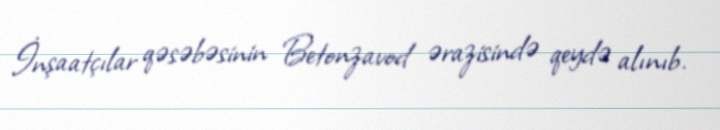
İnşaatçılar qəsəbəsinin Betonzavod ərazisində qeydə alınıb.